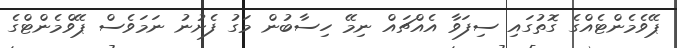
ޕޭވެމެންޓެއްގެ ގޮތުގައި ސިފަވާ އެއްޗައް ނިމޭ ހިސާބުން މަގު ފެށުނު ނަމަވެސް ޕޭވްމެންޓްގެ